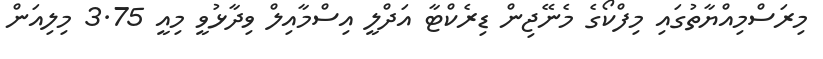
މިރަސްމިއްޔާތުގައި މިފްކޯގެ މެނޭޖިން ޑިރެކްޓާ އަދްލީ އިސްމާއިލް ވިދާޅުވީ މިއީ 3.75 މިލިއަން